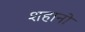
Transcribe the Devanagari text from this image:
शहानो